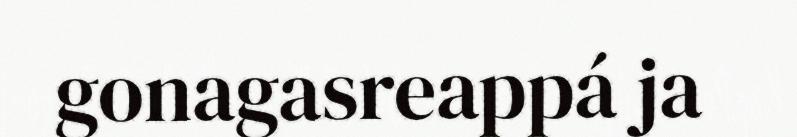
gonagasreappá ja